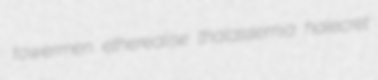
towermen etherealise thalassemia halecret